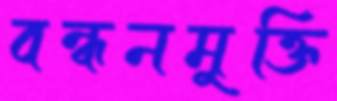
বন্ধনমুক্তি